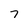
Character: 7